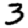
Digit: 3